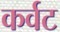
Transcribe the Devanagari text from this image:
कर्वट